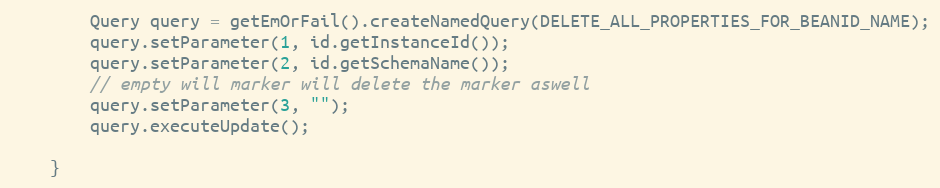
Language: Java
        Query query = getEmOrFail().createNamedQuery(DELETE_ALL_PROPERTIES_FOR_BEANID_NAME);
        query.setParameter(1, id.getInstanceId());
        query.setParameter(2, id.getSchemaName());
        // empty will marker will delete the marker aswell
        query.setParameter(3, "");
        query.executeUpdate();

    }